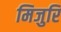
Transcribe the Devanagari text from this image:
मिजुरि